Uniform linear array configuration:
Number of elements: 16
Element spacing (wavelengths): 0.25
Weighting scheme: cosine
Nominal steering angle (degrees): -60
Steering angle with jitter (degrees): -59.441
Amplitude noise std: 0.05
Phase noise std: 0.05

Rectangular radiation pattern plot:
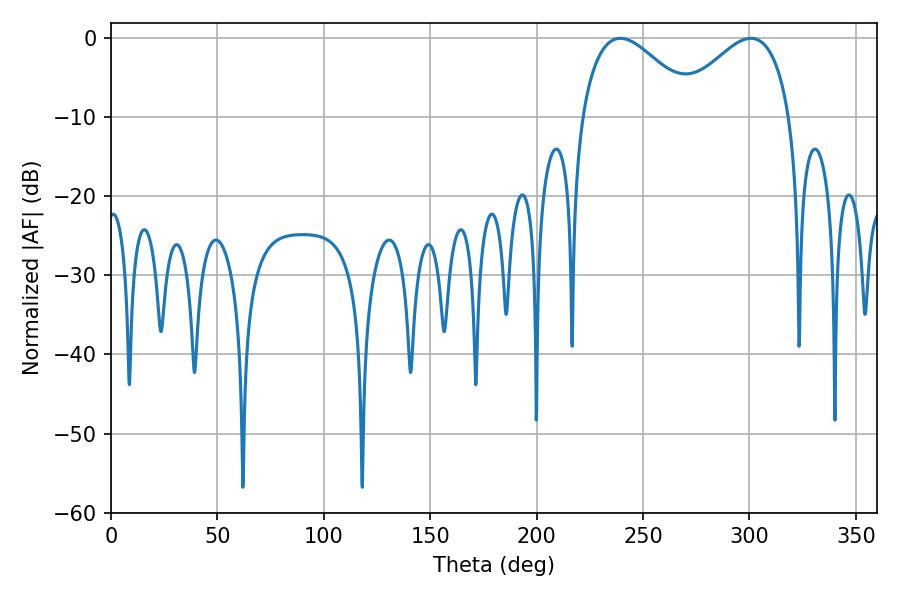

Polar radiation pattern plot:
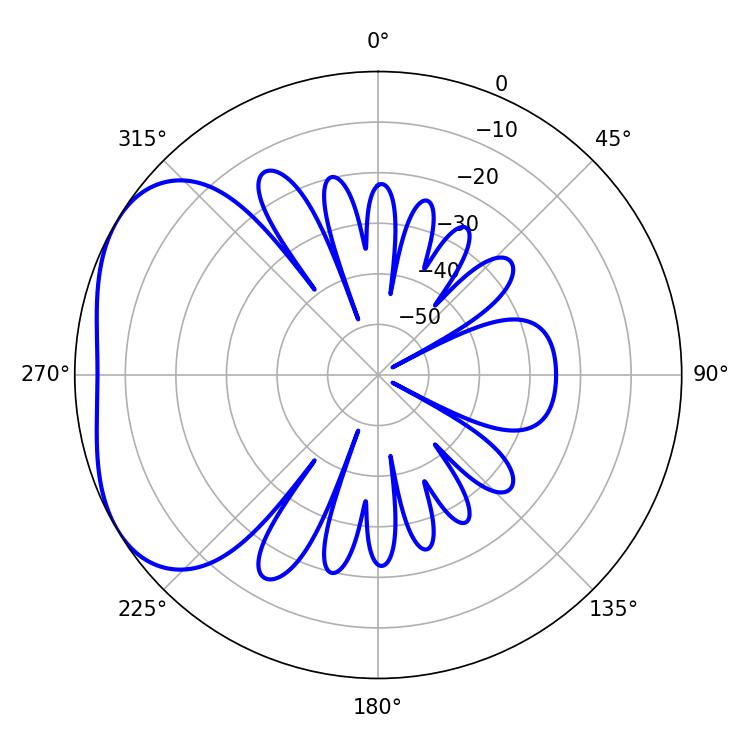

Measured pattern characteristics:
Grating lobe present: FALSE
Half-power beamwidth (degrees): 29.16
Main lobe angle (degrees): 300.6